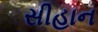
સીહાન